Structure of Hæmatopota pluvialis (Meigen) - Number 55
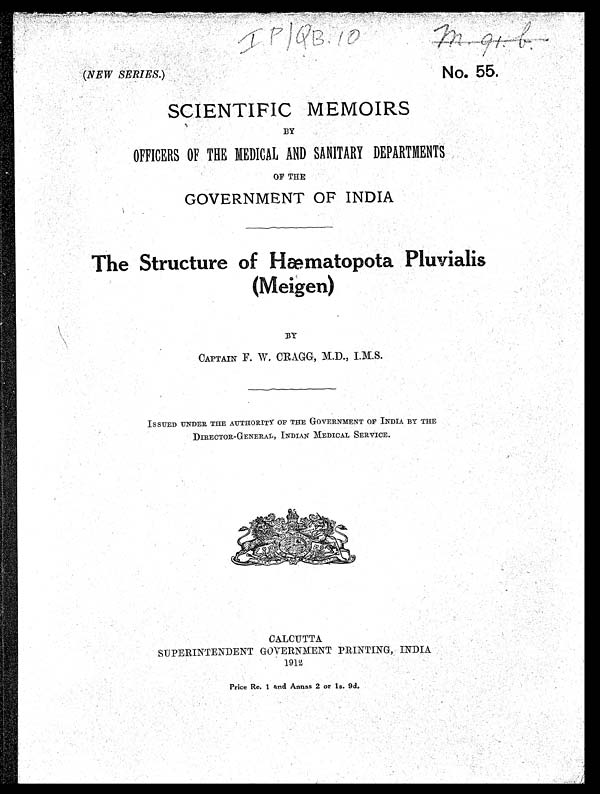
IP/QB.10
(NEW SERIES.)
No. 55.
SCIENTIFIC MEMOIRS
BY
OFFICERS OF THE MEDICAL AND SANITARY DEPARTMENTS
OF THE
GOVERNMENT OF INDIA
The Structure of Hæmatopota Pluvialis
(Meigen)
BY
CAPTAIN F. W. CRAGG, M.D., I.M.S.
ISSUED UNDER THE AUTHORITY OF THE GOVERNMENT OF INDIA BY THE
DIRECTOR-GENERAL, INDIAN MEDICAL SERVICE.
CALCUTTA
SUPERINTENDENT GOVERNMENT PRINTING, INDIA
1912
Price Re. 1 and Annas 2 or ls. 9d.